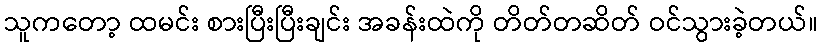
သူကတော့ ထမင်း စားပြီးပြီးချင်း အခန်းထဲကို တိတ်တဆိတ် ဝင်သွားခဲ့တယ်။